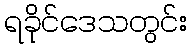
ရခိုင်ဒေသတွင်း